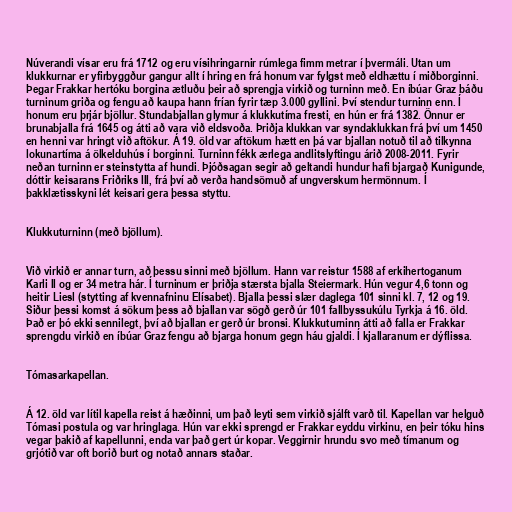
Núverandi vísar eru frá 1712 og eru vísihringarnir rúmlega fimm metrar í þvermáli. Utan um
klukkurnar er yfirbyggður gangur allt í hring en frá honum var fylgst með eldhættu í miðborginni.
Þegar Frakkar hertóku borgina ætluðu þeir að sprengja virkið og turninn með. En íbúar Graz báðu
turninum griða og fengu að kaupa hann frían fyrir tæp 3.000 gyllini. Því stendur turninn enn. Í
honum eru þrjár bjöllur. Stundabjallan glymur á klukkutíma fresti, en hún er frá 1382. Önnur er
brunabjalla frá 1645 og átti að vara við eldsvoða. Þriðja klukkan var syndaklukkan frá því um 1450
en henni var hringt við aftökur. Á 19. öld var aftökum hætt en þá var bjallan notuð til að tilkynna
lokunartíma á ölkelduhús í borginni. Turninn fékk ærlega andlitslyftingu árið 2008-2011. Fyrir
neðan turninn er steinstytta af hundi. Þjóðsagan segir að geltandi hundur hafi bjargað Kunigunde,
dóttir keisarans Friðriks III, frá því að verða handsömuð af ungverskum hermönnum. Í
þakklætisskyni lét keisari gera þessa styttu.

Klukkuturninn (með bjöllum).

Við virkið er annar turn, að þessu sinni með bjöllum. Hann var reistur 1588 af erkihertoganum
Karli II og er 34 metra hár. Í turninum er þriðja stærsta bjalla Steiermark. Hún vegur 4,6 tonn og
heitir Liesl (stytting af kvennafninu Elísabet). Bjalla þessi slær daglega 101 sinni kl. 7, 12 og 19.
Siður þessi komst á sökum þess að bjallan var sögð gerð úr 101 fallbyssukúlu Tyrkja á 16. öld.
Það er þó ekki sennilegt, því að bjallan er gerð úr bronsi. Klukkuturninn átti að falla er Frakkar
sprengdu virkið en íbúar Graz fengu að bjarga honum gegn háu gjaldi. Í kjallaranum er dýflissa.

Tómasarkapellan.

Á 12. öld var lítil kapella reist á hæðinni, um það leyti sem virkið sjálft varð til. Kapellan var helguð
Tómasi postula og var hringlaga. Hún var ekki sprengd er Frakkar eyddu virkinu, en þeir tóku hins
vegar þakið af kapellunni, enda var það gert úr kopar. Veggirnir hrundu svo með tímanum og
grjótið var oft borið burt og notað annars staðar.